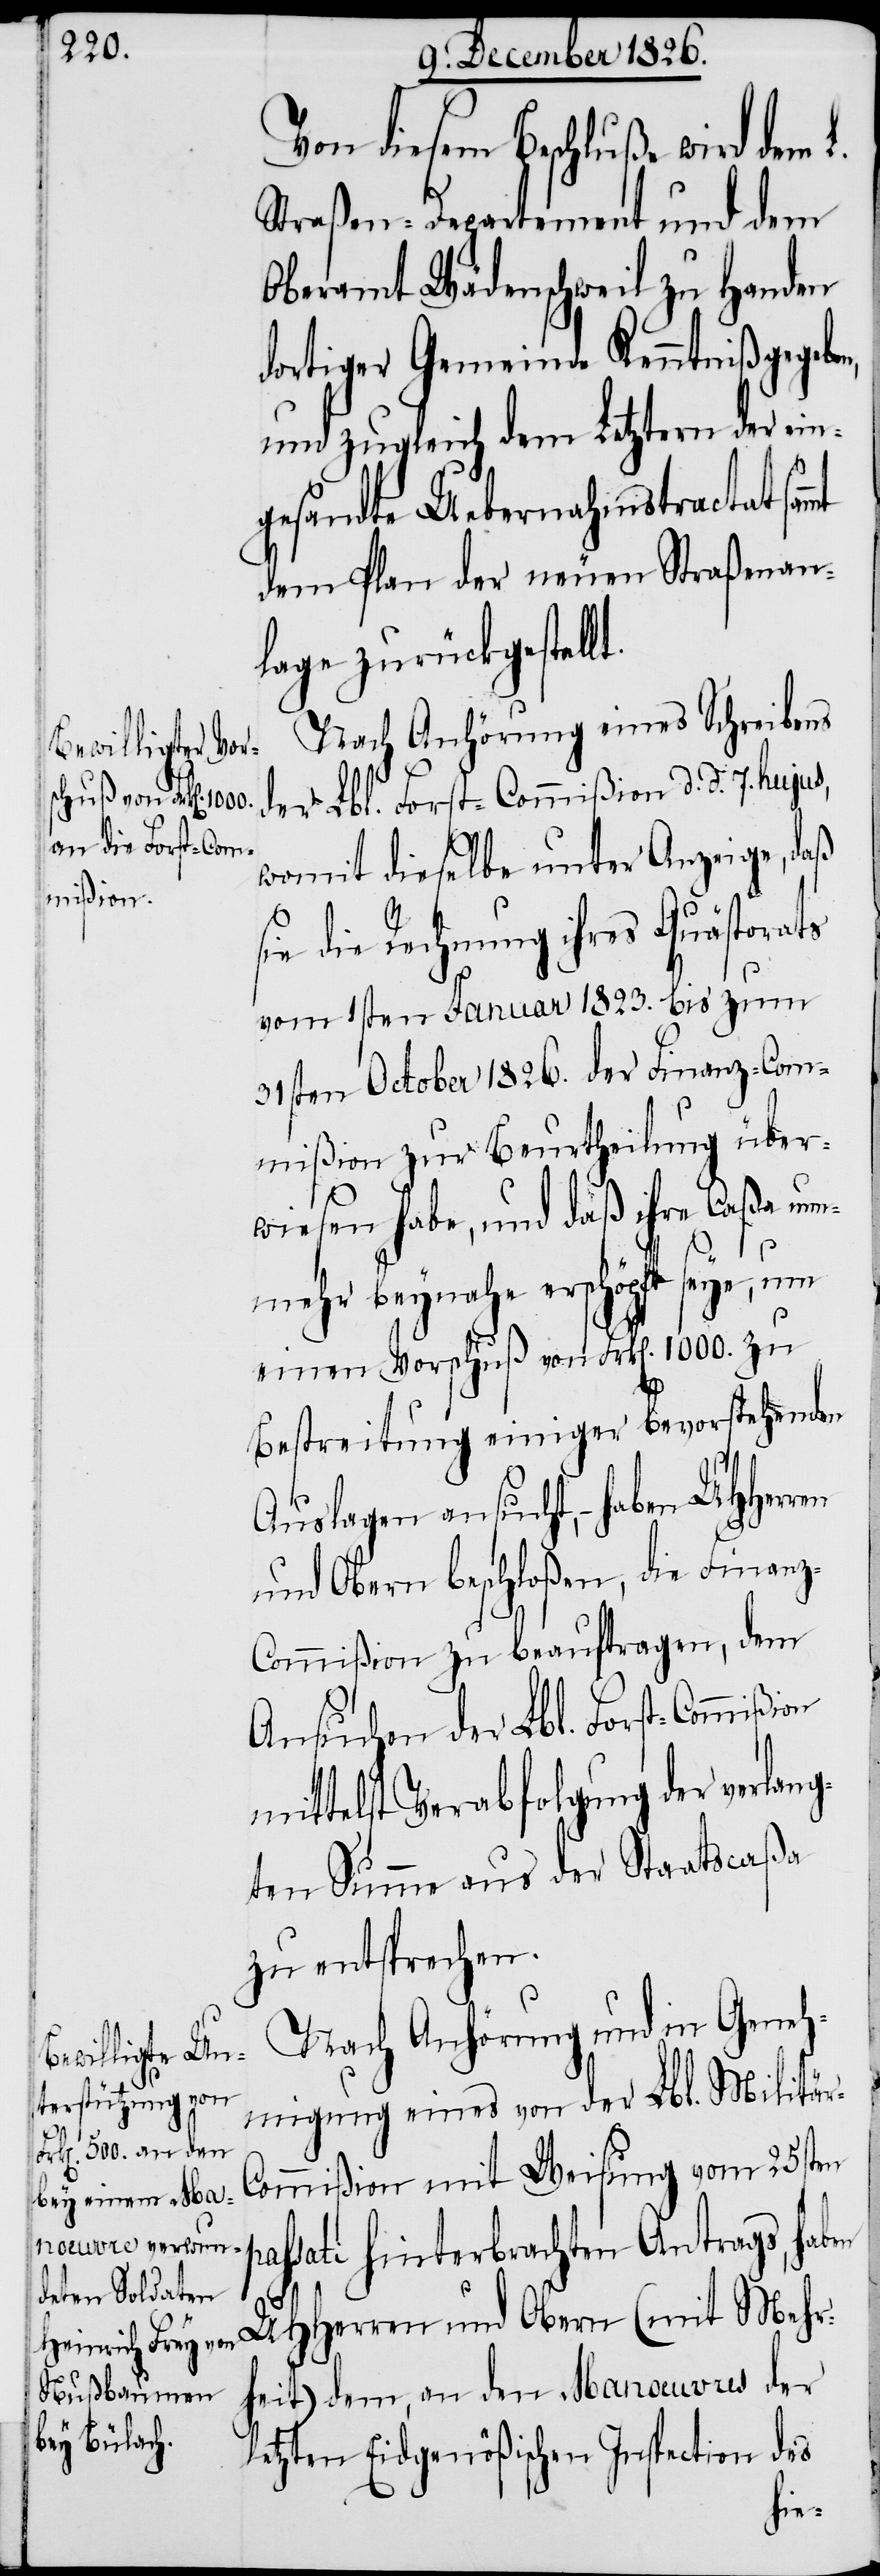
z-Co¬

Von diesem Beschluße wird dem
Straßen-Departement und dem
Oberamt Wädenschweil zu Handen
dortiger Gemeinde Kenntniß gegebe¬
und zugleich dem Letztern der ein¬
gesandte Uebernahmstractat
dem Plan der neuen Straßenan¬
lage zurückgestell¬
Nach Anhörung eines Schreibens
der Lbl. Forst-Commißion d. d. 7. hujus,
womit dieselbe unter Anzeige, daß
sie die Rechnung ihres Quästorats
vom 1sten Januar 1823. der Finan¬
mmißion zur Beurtheilung über¬
wiesen habe, und daß ihre Caßa nun¬
mehr beynahe erschöpft seye, um
einen Vorschuß von Frk[en]. 1000. zu
Bestreitung einiger bevorstehenden
Auslagen ansucht, – haben UHHerren
und Obern beschloßen, die Finan¬
z-Commißion zu beauftragen, dem
Ansuchen der Lbl. Forst-Commißion
mittelst Verabfolgung der verlang¬
ten Summe aus der Staatscaßa
zu entsprechen.
Nach Anhörung und in Geneh¬
migung eines von der Lbl. Militär-C¬
ommißion mit Weisung vom 25sten
assati hinterbrachten Antrags, haben
p¬
UHHerren und Obern (mit Mehr¬
heit) dem, an den Manœuvres der
letzten Eidgenößischen Inspection des